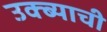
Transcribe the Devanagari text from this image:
उक्ब्याची